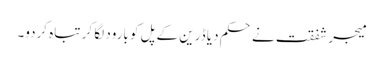
میجر شفقت نے حکم دیا ڈرین کے پل کو بارود لگا کر تباہ کردو۔